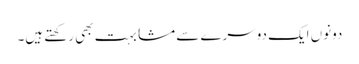
دونوں ایک دوسرے سے مشابہت بھی رکھتے ہیں۔